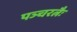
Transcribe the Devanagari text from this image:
पञ्चरत्नैः